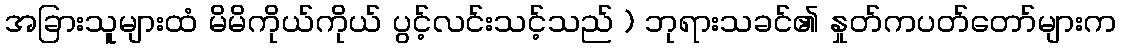
အခြားသူများထံ မိမိကိုယ်ကိုယ် ပွင့်လင်းသင့်သည် ) ဘုရားသခင်၏ နှုတ်ကပတ်တော်များက